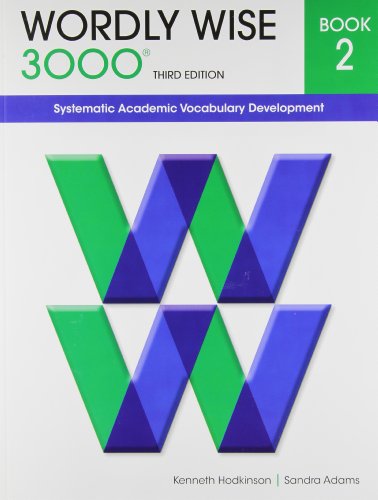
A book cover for Wordly Wise 3000 Book 2; Kenneth Hodkinson; Children's Books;